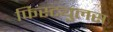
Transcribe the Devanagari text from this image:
फिस्ट्युलस